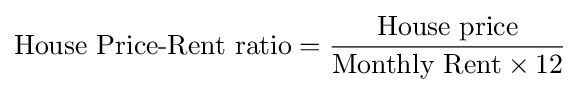
{\mbox{House Price-Rent ratio}}={\frac {\mbox{House price}}{{\mbox{Monthly Rent}}\times 12}}